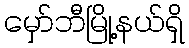
မှော်ဘီမြို့နယ်ရှိ